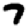
Digit: 7